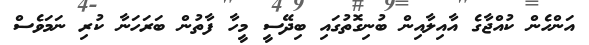
އަންހެން ކުއްޖާގެ އާއިލާއިން ބުނިގޮތުގައި ބިދޭސީ މީހާ ފާތުން ބަރަހަނާ ކުރި ނަމަވެސް